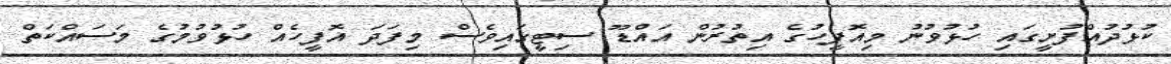
ކުޅުދުއްފުށީގައި ހުޅުވުނު މިއޮފީހުގެ އިތުރުން އައްޑޫ ސިޓީގައިވެސް މިފަދަ އޮފީހެއް ހުޅުވުމުގެ މަސައްކަތް